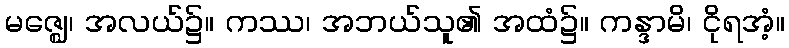
မဇ္ဈေ၊ အလယ်၌။ ကဿ၊ အဘယ်သူ၏ အထံ၌။ ကန္ဒာမိ၊ ငိုရအံ့။